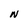
Character: N